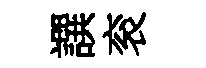
譔衮